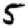
Digit: 5